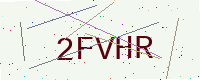
Text: 2FVHR